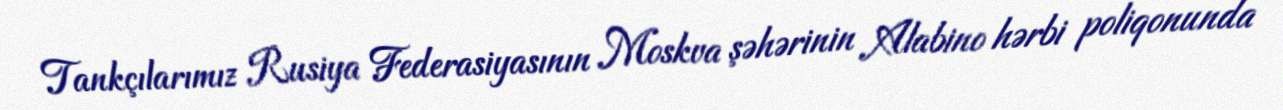
Tankçılarımız Rusiya Federasiyasının Moskva şəhərinin Alabino hərbi poliqonunda